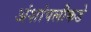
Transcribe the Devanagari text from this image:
अंशांपलीकडे